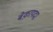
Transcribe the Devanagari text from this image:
बेक़ायदा